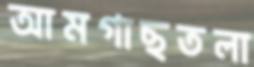
আমগাছতলা